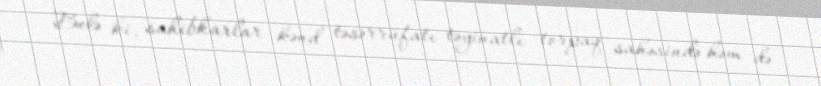
Belə ki, sahibkarlar kənd təsərrüfatı təyinatlı torpaq sahəsində həm də